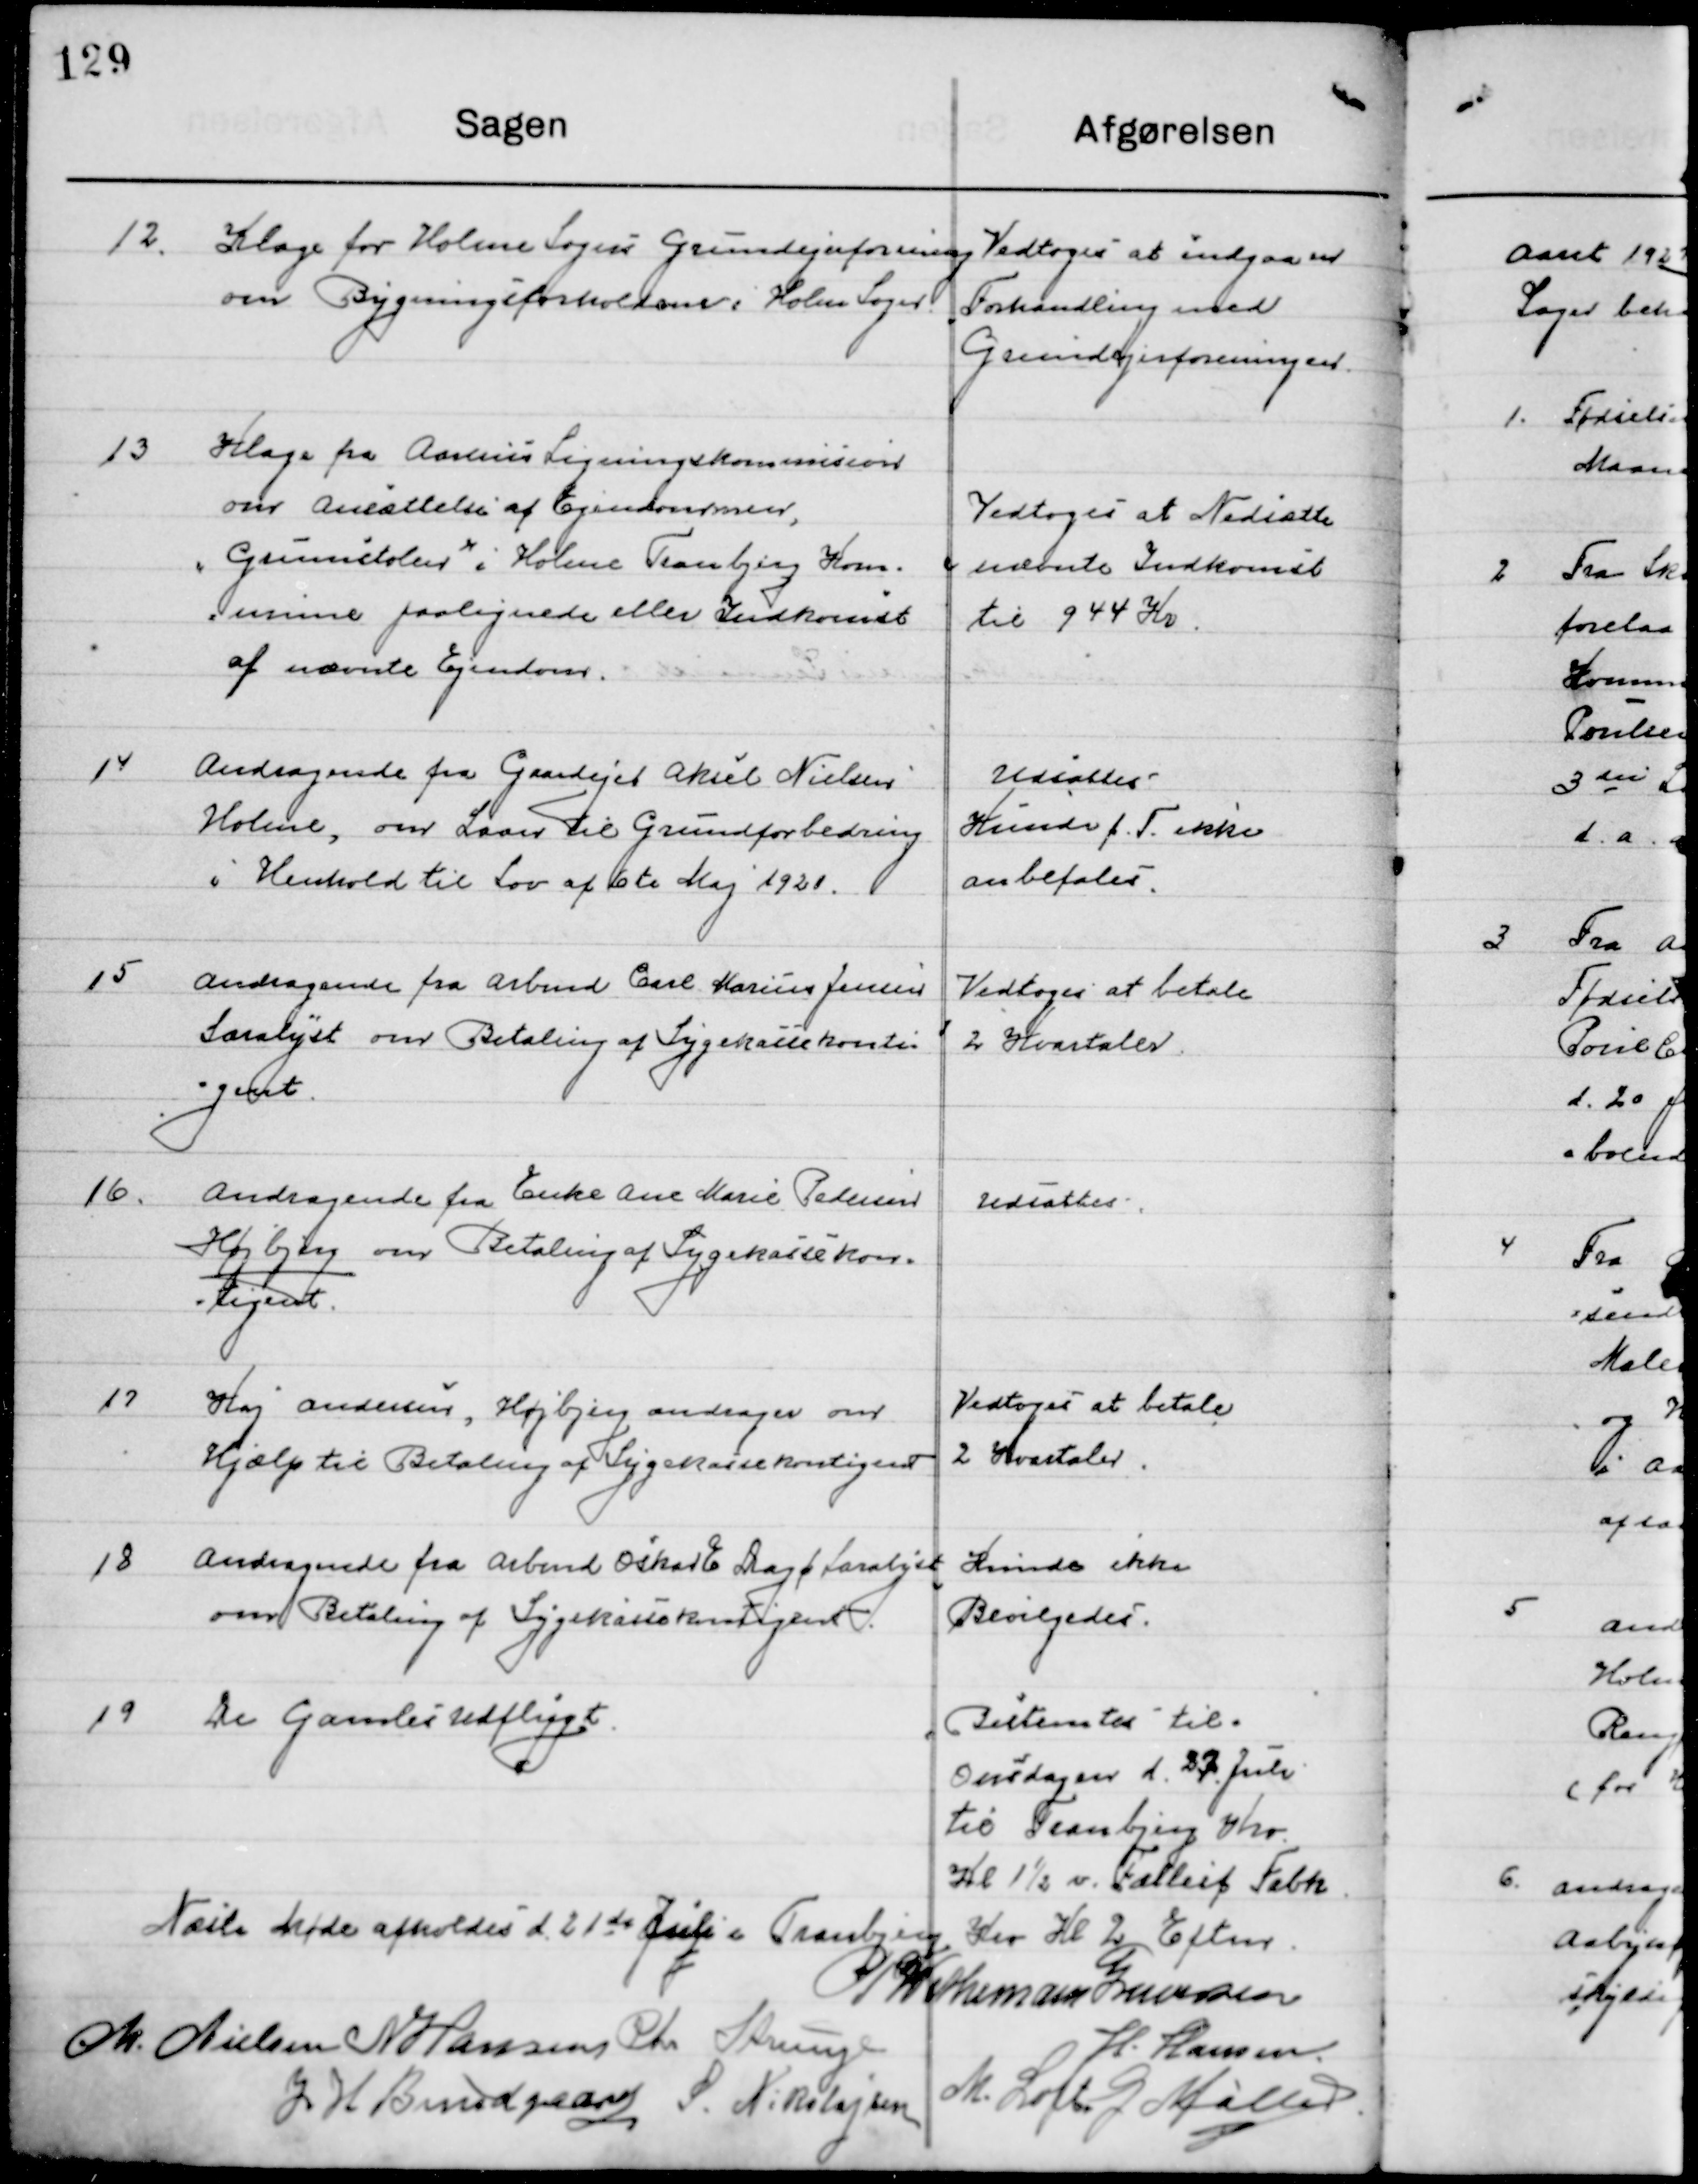
Transskription:
12

Klage fra Holme Sogns Grundejerforening
over Bygningsforholdene i Holme Sogn

Vedtoges at indgaa en
Forhandling med
Grundejerforeningen

13

Klage fra Aarhus Ligningskommission
om ansættelse af Ejendommen,
”Grundstolen”, Holme Tranbjerg Kom-
mune paalignede eller Indkomst
af nævnte Ejendom.

Vedtoges at Nedsætte
Nævnte Indkomst
Til 944 Kr.

14

Andragende fra Gaardejer Aksel Nielsen
Holme, om Laan til Grundforbedring
I Henhold til Lov af 10de Maj 1921.

Udsattes
Kunne f. F. ikke
Anbefales

15

Andragende fra Arbmd Carl Marius Jensen
Saralyst om Betaling af Sygekassekontin-	
gent.

Vedtoges at betale
2 Kvartaler

16

Andragende fra Enke Ane Marie Pedersen
Højbjerg om Betaling af Sygekassekontin-
gent.

Udsattes

17

Kaj Andersen, Højbjerg andrager om
Hjælp til Betaling af Sygekassekontingent.

Vedtoges at betale
2 Kvartaler

18

Andragende fra Arbmd. Oskar E. Dagø Saralyst
om Betaling af Sygekassekontingent.

Kunde ikke
Bevilgedes

19

De gamles Udflugt

Bestemtes til
Onsdagen d. 27 Juli
til Tranbjerg Kro
Kl. 1½ v. Fælles Fabh

Næste Møde afholdes d. 21 de Juli i Tranbjerg Kro Kl. 2 Eftermd.

P. Wethemann Graversen
M. Nielsen
N. Hansen
Chr. Strunge
H. Hansen
J. H. Bundgaard
S. Nikolajsen
M. Loft
G. Møller